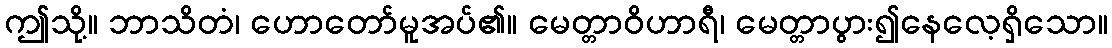
ဤသို့။ ဘာသိတံ၊ ဟောတော်မူအပ်၏။ မေတ္တာဝိဟာရီ၊ မေတ္တာပွား၍နေလေ့ရှိသော။